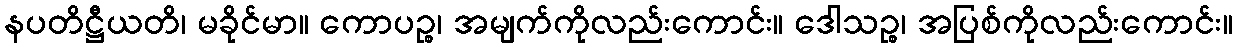
နပတိဋ္ဌီယတိ၊ မခိုင်မာ။ ကောပဉ္စ၊ အမျက်ကိုလည်းကောင်း။ ဒေါသဉ္စ၊ အပြစ်ကိုလည်းကောင်း။